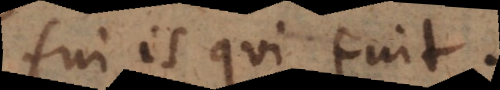
fui is qui fuit.